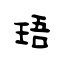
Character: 珸